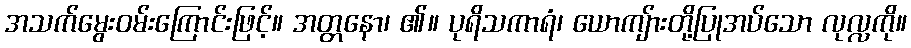
အသက်မွေးဝမ်းကြောင်းဖြင့်။ အတ္တနော၊ ၏။ ပုရိသကာရံ၊ ယောကျ်ားတို့ပြုအပ်သော လုလ္လကို။